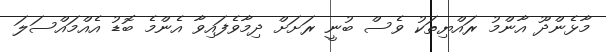
މާޅެންދޫ އާންމު ރައްޔިތަކު ވެސް ބުނީ ރަށަށް ދިމާވެފައިވާ އެންމެ ބޮޑު އެއްމައްސަލަ